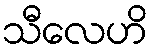
သီလေဟိ